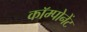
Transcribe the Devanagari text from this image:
कॉम्पोनेंट